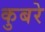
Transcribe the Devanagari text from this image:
कुबरे